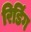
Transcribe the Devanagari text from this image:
रिडिंग